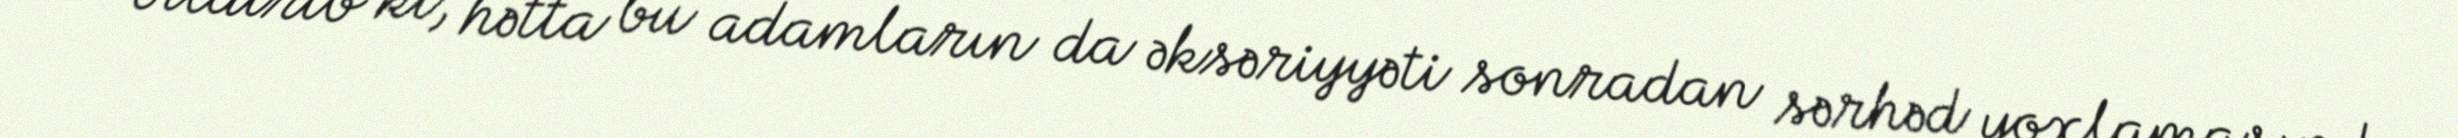
O bildirib ki, hətta bu adamların da əksəriyyəti sonradan sərhəd yoxlamasından